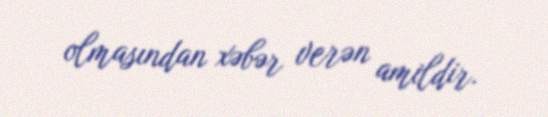
olmasından xəbər verən amildir.